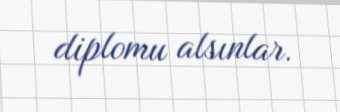
diplomu alsınlar.